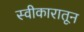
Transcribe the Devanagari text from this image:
स्वीकारातून